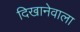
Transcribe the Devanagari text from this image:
दिखानेवाला